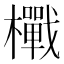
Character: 𭬪